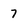
Character: 7